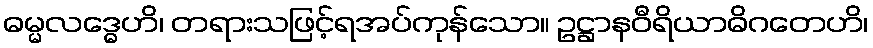
ဓမ္မလဒ္ဓေဟိ၊ တရားသဖြင့်ရအပ်ကုန်သော။ ဥဋ္ဌာနဝီရိယာဓိဂတေဟိ၊